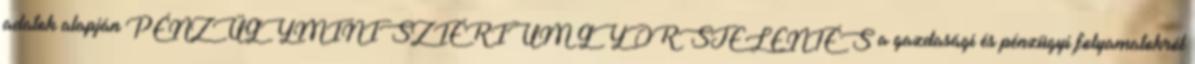
adatok alapján PÉNZÜGYMINISZTÉRIUM GYORSJELENTÉS a gazdasági és pénzügyi folyamatokról